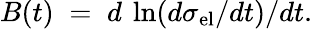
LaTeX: B(t)\; =\; d\: \ln(d\sigma_{\mathrm{el}}/dt)/dt.